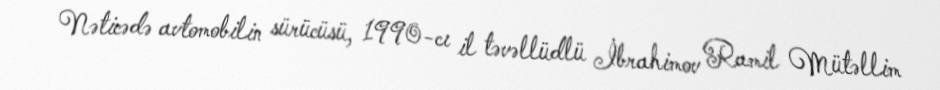
Nəticədə avtomobilin sürücüsü, 1990-cı il təvəllüdlü İbrahimov Ramil Mütəllim